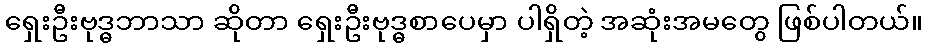
ရှေးဦးဗုဒ္ဓဘာသာ ဆိုတာ ရှေးဦးဗုဒ္ဓစာပေမှာ ပါရှိတဲ့ အဆုံးအမတွေ ဖြစ်ပါတယ်။